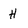
Character: H